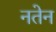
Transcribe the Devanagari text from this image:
नतेन